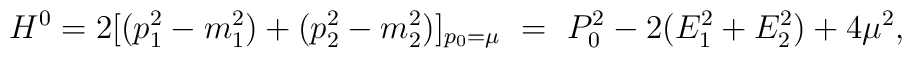
H^0=2[(p_1^2-m_1^2)+(p_2^2-m_2^2)]_{p_0=\mu}\,\,=\,\,P_0^2-2(E_1^2+E_2^2)+4\mu^2,